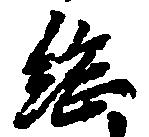
総